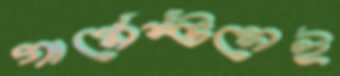
গার্মেন্টসেই